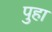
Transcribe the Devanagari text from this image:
पुहा